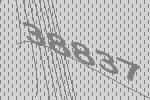
38837